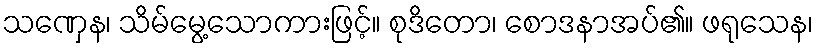
သဏှေန၊ သိမ်မွေ့သောကားဖြင့်။ စုဒိတော၊ စောဒနာအပ်၏။ ဖရုသေန၊